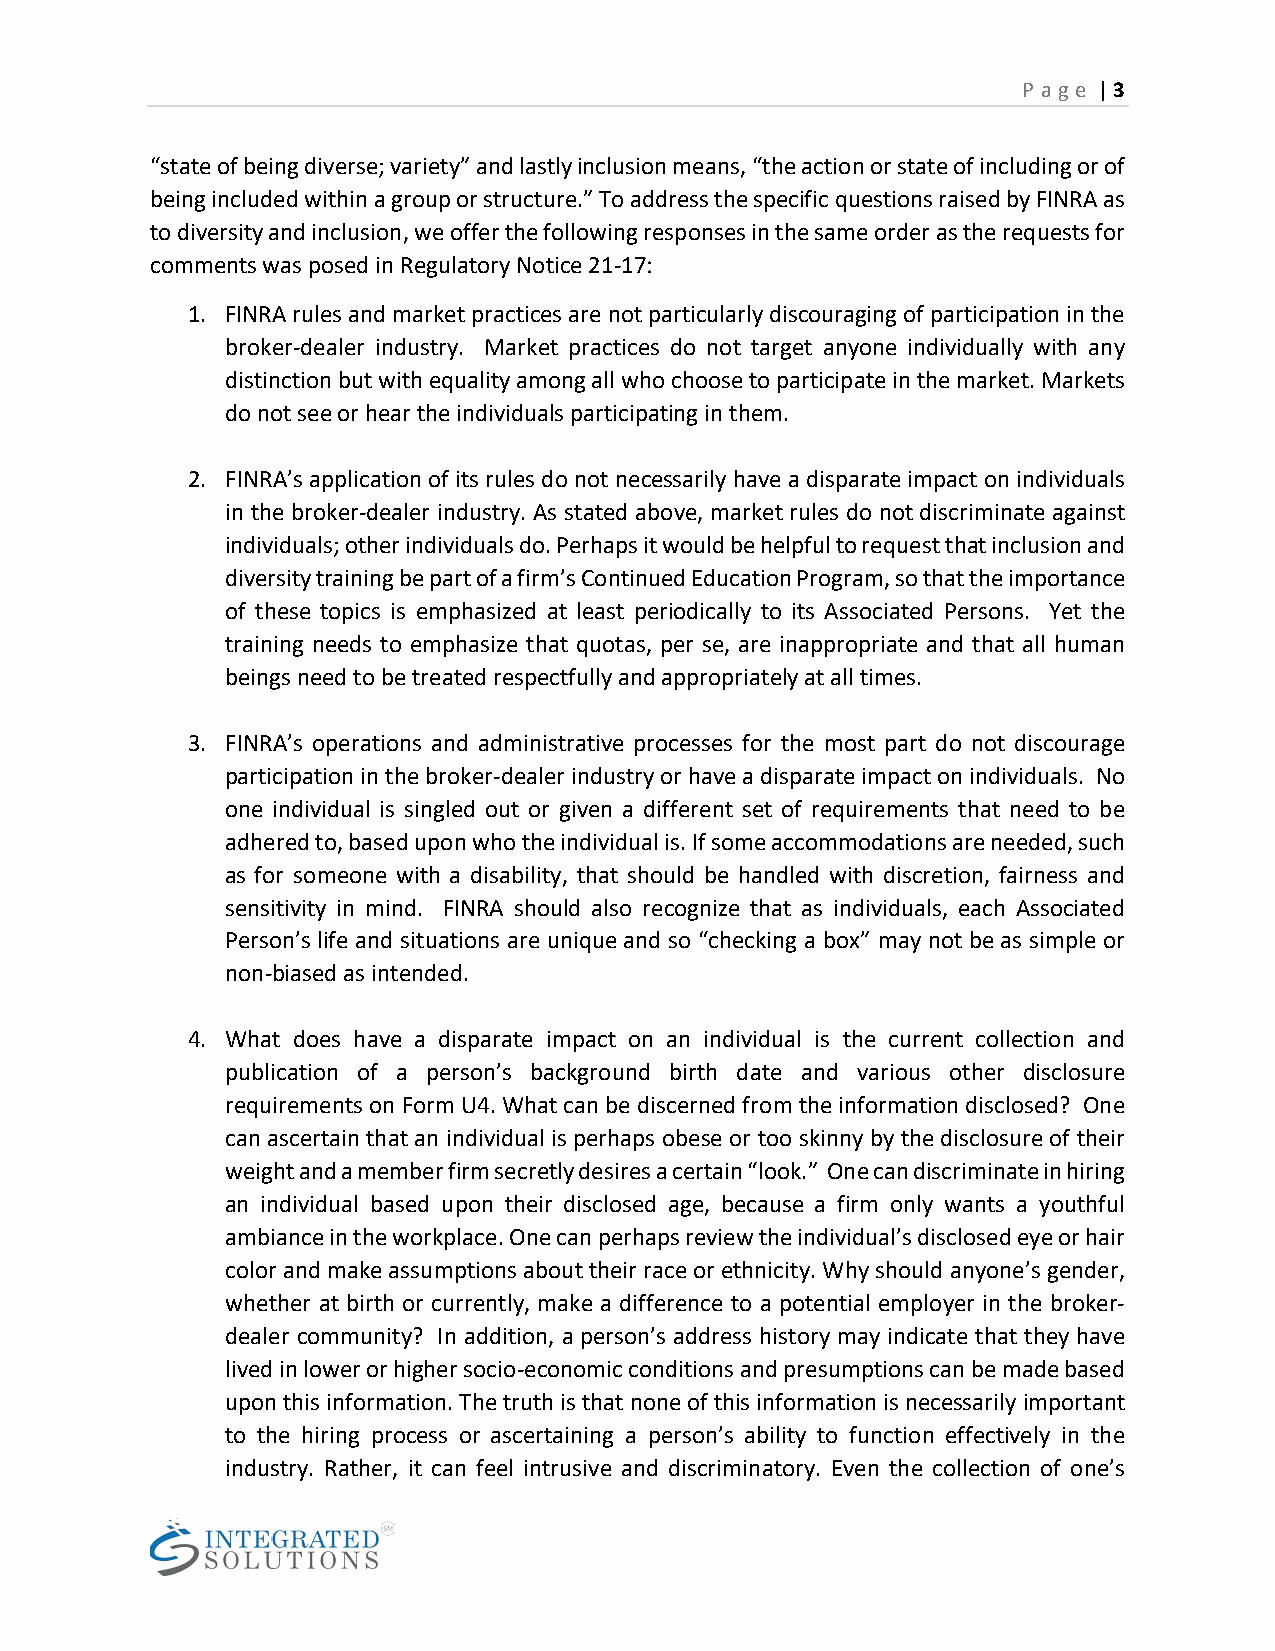
P a ge | 3
 “state of being diverse; variety” and lastly inclusion means, “the action or state of including or of
 being included within a group or structure.” To address the specific questions raised by FINRA as
 to diversity and inclusion, we offer the following responses in the same order as the requests for
 comments was posed in Regulatory Notice 21-17:
 1. FINRA rules and market practices are not particularly discouraging of participation in the
 broker-dealer industry. Market practices do not target anyone individually with any
 distinction but with equality among all who choose to participate in the market. Markets
 do not see or hear the individuals participating in them.
 2. FINRA’s application of its rules do not necessarily have a disparate impact on individuals
 in the broker-dealer industry. As stated above, market rules do not discriminate against
 individuals; other individuals do. Perhaps it would be helpful to request that inclusion and
 diversity training be part of a firm’s Continued Education Program, so that the importance
 of these topics is emphasized at least periodically to its Associated Persons. Yet the
 training needs to emphasize that quotas, per se, are inappropriate and that all human
 beings need to be treated respectfully and appropriately at all times.
 3. FINRA’s operations and administrative processes for the most part do not discourage
 participation in the broker-dealer industry or have a disparate impact on individuals. No
 one individual is singled out or given a different set of requirements that need to be
 adhered to, based upon who the individual is. If some accommodations are needed, such
 as for someone with a disability, that should be handled with discretion, fairness and
 sensitivity in mind. FINRA should also recognize that as individuals, each Associated
 Person’s life and situations are unique and so “checking a box” may not be as simple or
 non-biased as intended.
 4. What does have a disparate impact on an individual is the current collection and
 publication of a person’s background birth date and various other disclosure
 requirements on Form U4. What can be discerned from the information disclosed? One
 can ascertain that an individual is perhaps obese or too skinny by the disclosure of their
 weight and a member firm secretly desires a certain “look.” One can discriminate in hiring
 an individual based upon their disclosed age, because a firm only wants a youthful
 ambiance in the workplace. One can perhaps review the individual’s disclosed eye or hair
 color and make assumptions about their race or ethnicity. Why should anyone’s gender,
 whether at birth or currently, make a difference to a potential employer in the broker-
 dealer community? In addition, a person’s address history may indicate that they have
 lived in lower or higher socio-economic conditions and presumptions can be made based
 upon this information. The truth is that none of this information is necessarily important
 to the hiring process or ascertaining a person’s ability to function effectively in the
 industry. Rather, it can feel intrusive and discriminatory. Even the collection of one’s